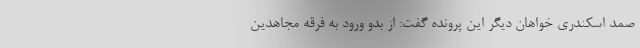
صمد اسکندری خواهان دیگر این پرونده گفت: از بدو ورود به فرقه مجاهدین